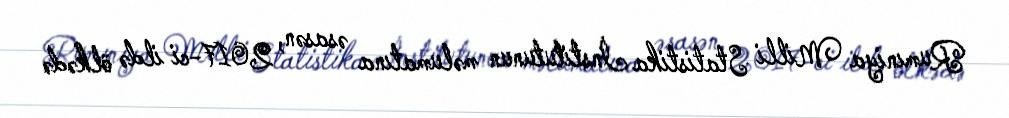
Rumıniya Milli Statistika İnstitutunun məlumatına əsasən, 2017-ci ildə ölkədə